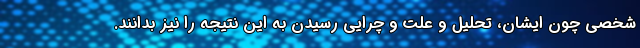
شخصی چون ایشان، تحلیل و علت و چرایی رسیدن به این نتیجه را نیز بدانند.